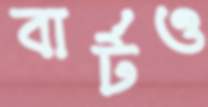
বার্টও